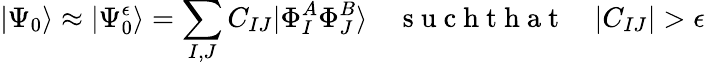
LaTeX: |\Psi_{0}\rangle\approx|\Psi_{0}^{\epsilon}\rangle=\sum_{I,J}C_{IJ}|\Phi_{I}^{A}\Phi_{J}^{B}\rangle\quad\mathrm{~s~u~c~h~t~h~a~t~}\quad|C_{IJ}|>\epsilon